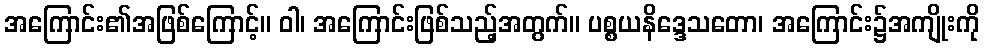
အကြောင်း၏အဖြစ်ကြောင့်။ ဝါ၊ အကြောင်းဖြစ်သည့်အတွက်။ ပစ္စယနိဒ္ဒေသတော၊ အကြောင်း၌အကျိုးကို